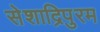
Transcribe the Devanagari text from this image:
सेशाद्रिपुरम